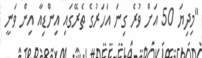
"މިދިޔަ 50 އަށް ވުރެ ގިނަ އަހަރުގެ ތެރޭގައި އިންޑިއާ އިން ވަނީ